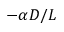
- \alpha D / L